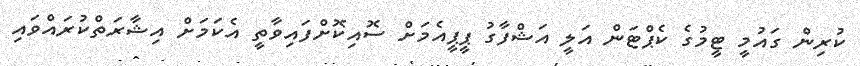
ކުރިން ގައުމީ ޓީމުގެ ކެޕްޓަން އަލީ އަޝްފާގު ޕީޕީއެމަށް ސޮއިކޮށްފައިވާތީ އެކަމަށް އިޝާރަތްކުރައްވައި